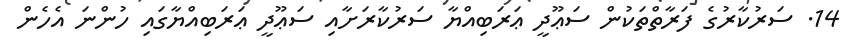
14. ސަރުކާރުގެ ފަރާތްތަކުން ސަޢޫދީ ޢަރަބިއްޔާ ސަރުކާރަށާއި ސަޢޫދީ ޢަރަބިއްޔާގައި ހުންނަ އެހެން